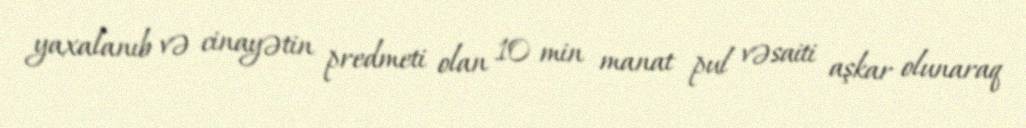
yaxalanıb və cinayətin predmeti olan 10 min manat pul vəsaiti aşkar olunaraq